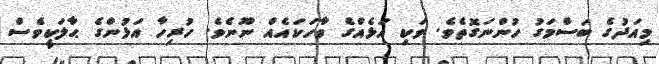
މިއަދުގެ ބަސްމަގު ހުންނަގޮތެވެ. ވަކި އަޅެއްގެ ވާހަކައެއް ނޫނެވެ. ހުރިހާ އަޅުންގެ ޙާލަކީވެސް